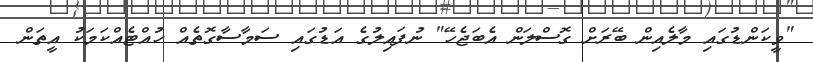
"ވީކަންޑުގައި މާލެއިން ބޭރަށް ގޮސްލަން އެބަޖެހޭ" ނުފައިލުގެ އަޑުގައި ސަމާސާގޮތެއް ހުއްޓެއްކަމަކު އީތަން